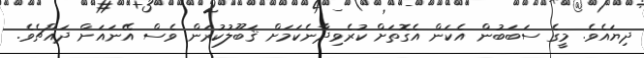
ދިޔައެވެ. މީގެ ސަބަބުން އެކަން އެގޮތަށް ކުރެވިދާނެކަމަށް ޤަބޫލުކުރަން ވެސް އޭނައަށް ދައްޗެވެ.